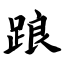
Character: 踉